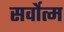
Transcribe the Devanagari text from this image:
सर्वोत्‍म